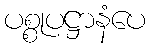
ပစ္စုပဋ္ဌာနံပေ